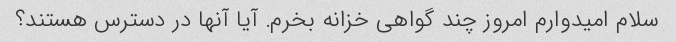
سلام امیدوارم امروز چند گواهی خزانه بخرم. آیا آنها در دسترس هستند؟